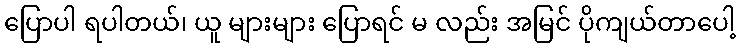
ပြောပါ ရပါတယ်၊ ယူ များများ ပြောရင် မ လည်း အမြင် ပိုကျယ်တာပေါ့